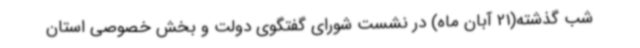
شب گذشته(21 آبان ماه) در نشست شورای گفتگوی دولت و بخش خصوصی استان